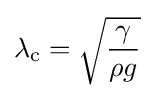
\lambda _{\rm {c}}={\sqrt {\frac {\gamma }{\rho g}}}